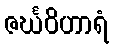
ဇင်္ဃဝိဟာရံ